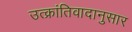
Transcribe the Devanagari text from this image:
उत्क्रांतिवादानुसार